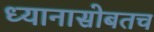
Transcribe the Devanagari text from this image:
ध्यानासोबतच